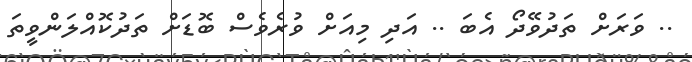
.. ވަރަށް ތަދުވޭދޯ އެބަ .. އަދި މިއަށް ވުރެވެސް ބޮޑަށް ތަދުކޮއްލަންވީތަ